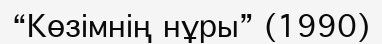
“Көзімнің нұры” (1990)